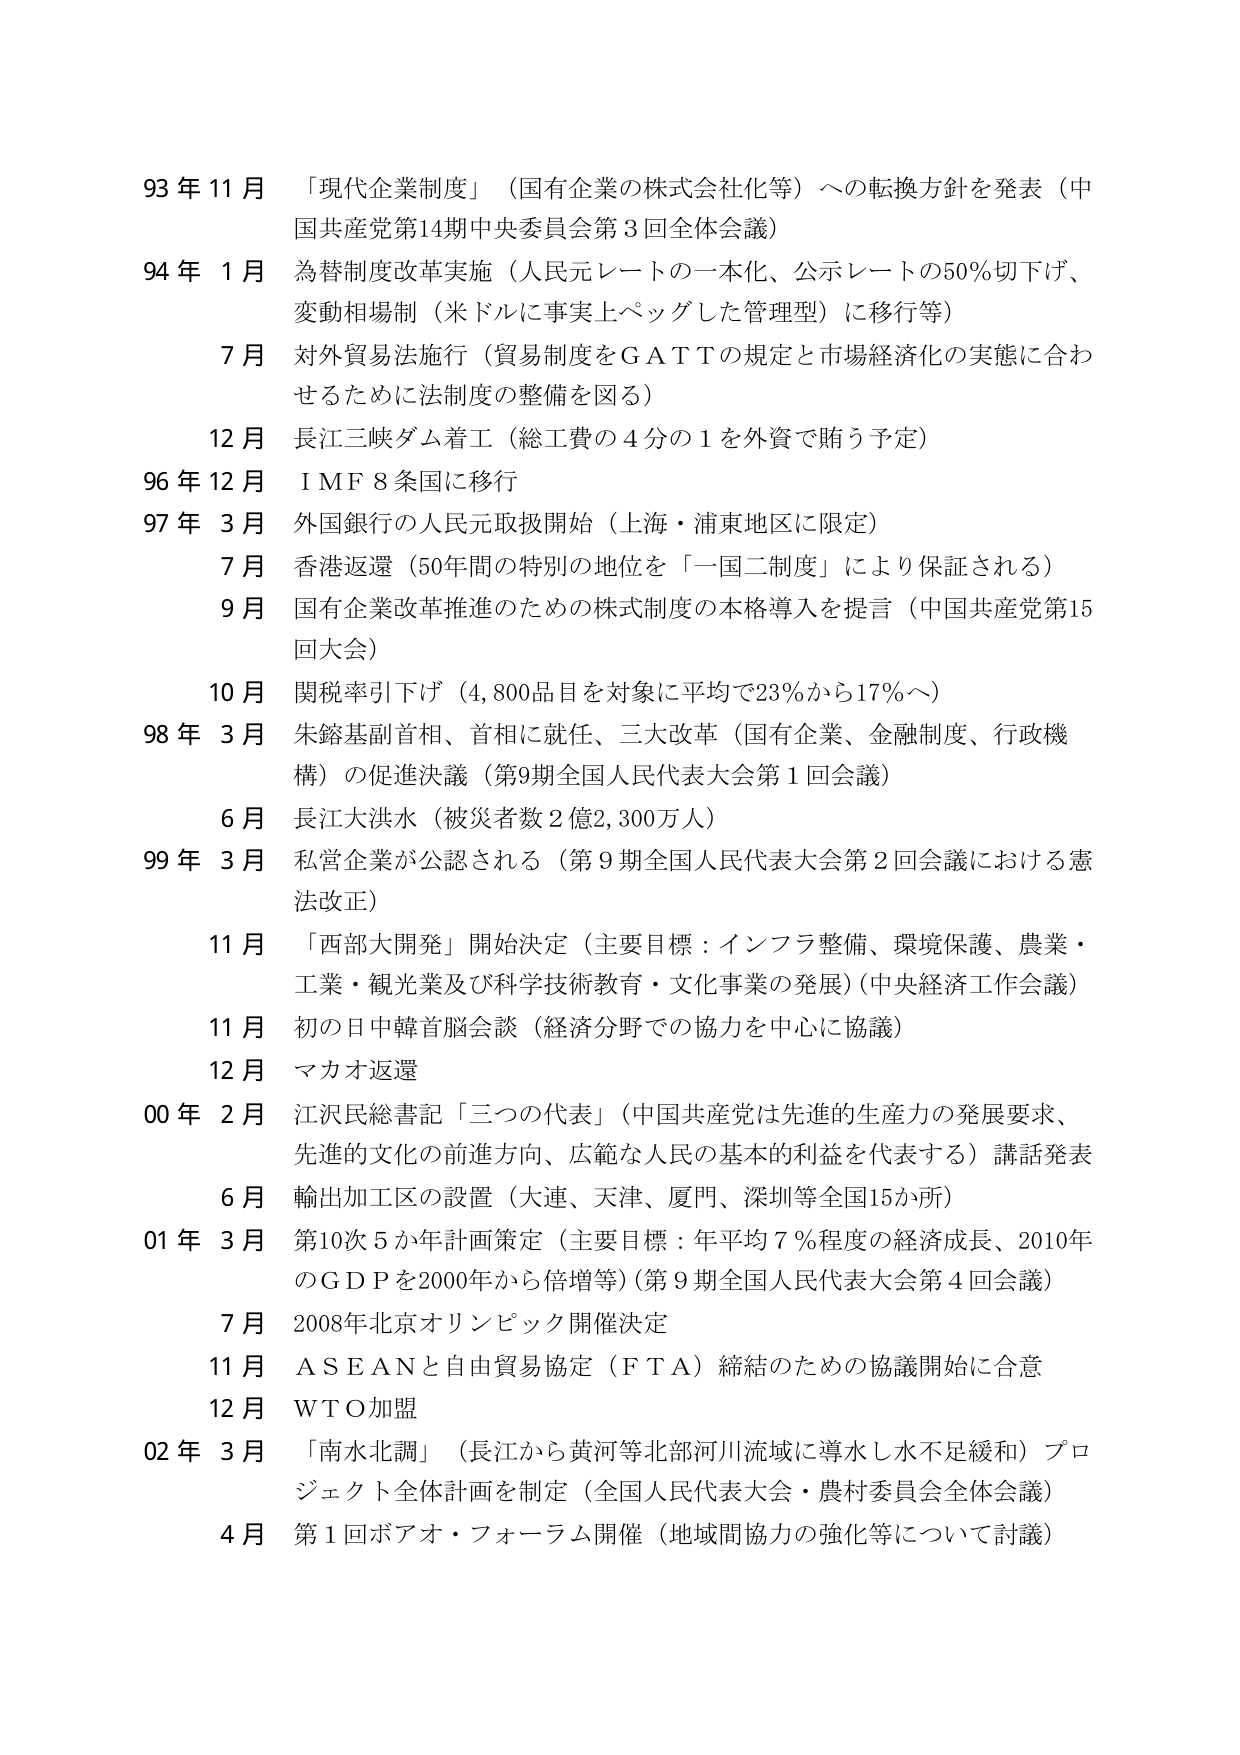
93年11月 「現代企業制度」（国有企業の株式会社化等）への転換方針を発表（中国共産党第14期中央委員会第3回全体会議）

94年1月 為替制度改革実施（人民元レートの一本化、公示レートの50％切下げ、変動相場制（米ドルに事実上ペッグした管理型）に移行等）

7月 対外貿易法施行（貿易制度をＧＡＴＴの規定と市場経済化の実態に合わせるために法制度の整備を図る）

12月 長江三峡ダム着工（総工費の4分の1を外資で賄う予定）

96年12月 ＩＭＦ8条国に移行

97年3月 外国銀行の人民元取扱開始（上海・浦東地区に限定）

7月 香港返還（50年間の特別の地位を「一国二制度」により保証される）

9月 国有企業改革推進のための株式制度の本格導入を提言（中国共産党第15回大会）

10月 関税率引下げ（4,800品目を対象に平均で23％から17％へ）

98年3月 朱鎔基副首相、首相に就任、三大改革（国有企業、金融制度、行政機構）の促進決議（第9期全国人民代表大会第1回会議）

6月 長江大洪水（被災者数2億2,300万人）

99年3月 私営企業が公認される（第9期全国人民代表大会第2回会議における憲法改正）

11月 「西部大開発」開始決定（主要目標：インフラ整備、環境保護、農業・工業・観光業及び科学技術教育・文化事業の発展）（中央経済工作会議）

11月 初の日中韓首脳会談（経済分野での協力を中心に協議）

12月 マカオ返還

00年2月 江沢民総書記「三つの代表」（中国共産党は先進的生産力の発展要求、先進的文化の前進方向、広範な人民の基本的利益を代表する）講話発表

6月 輸出加工区の設置（大連、天津、廈門、深圳等全国15か所）

01年3月 第10次5か年計画策定（主要目標：年平均7％程度の経済成長、2010年のＧＤＰを2000年から倍増等）（第9期全国人民代表大会第4回会議）

7月 2008年北京オリンピック開催決定

11月 ＡＳＥＡＮと自由貿易協定（ＦＴＡ）締結のための協議開始に合意

12月 ＷＴＯ加盟

02年3月 「南水北調」（長江から黄河等北部河川流域に導水し水不足緩和）プロジェクト全体計画を制定（全国人民代表大会・農村委員会全体会議）

4月 第1回ボアオ・フォーラム開催（地域間協力の強化等について討議）